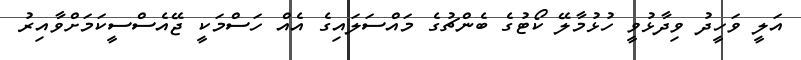
އަލީ ވަހީދު ވިދާޅުވީ ހުޅުމާލޭ ކޯޓުގެ ބެންޗުގެ މައްސަލައިގެ އެއް ހަސްމަކީ ޖޭއެސްސީކަމަށްވާއިރު